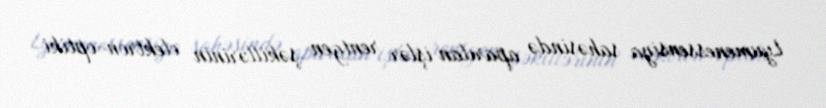
Lyumenessensiya sahəsində aparılan işlər rentgen şəkillərinin elektron-optiki